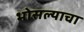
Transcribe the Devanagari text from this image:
भोसल्याचा